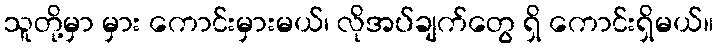
သူတို့မှာ မှား ကောင်းမှားမယ်၊ လိုအပ်ချက်တွေ ရှိ ကောင်းရှိမယ်။